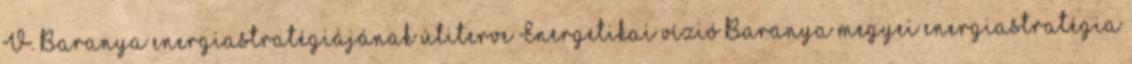
V. Baranya energiastratégiájának útiterve Energetikai vízió Baranya megyei energiastratégia